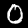
Label: 0